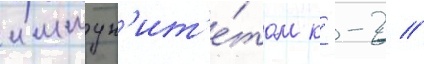
иммун'ит'е́том к --2 //